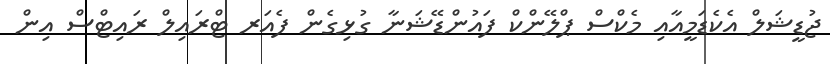
ޖުޑީޝަލް އެކެޑަމީއާއި މެކްސް ޕްލޭންކް ފައުންޑޭޝަނާ ގުޅިގެން ފެއަރ ޓްރައިލް ރައިޓްސް އިން